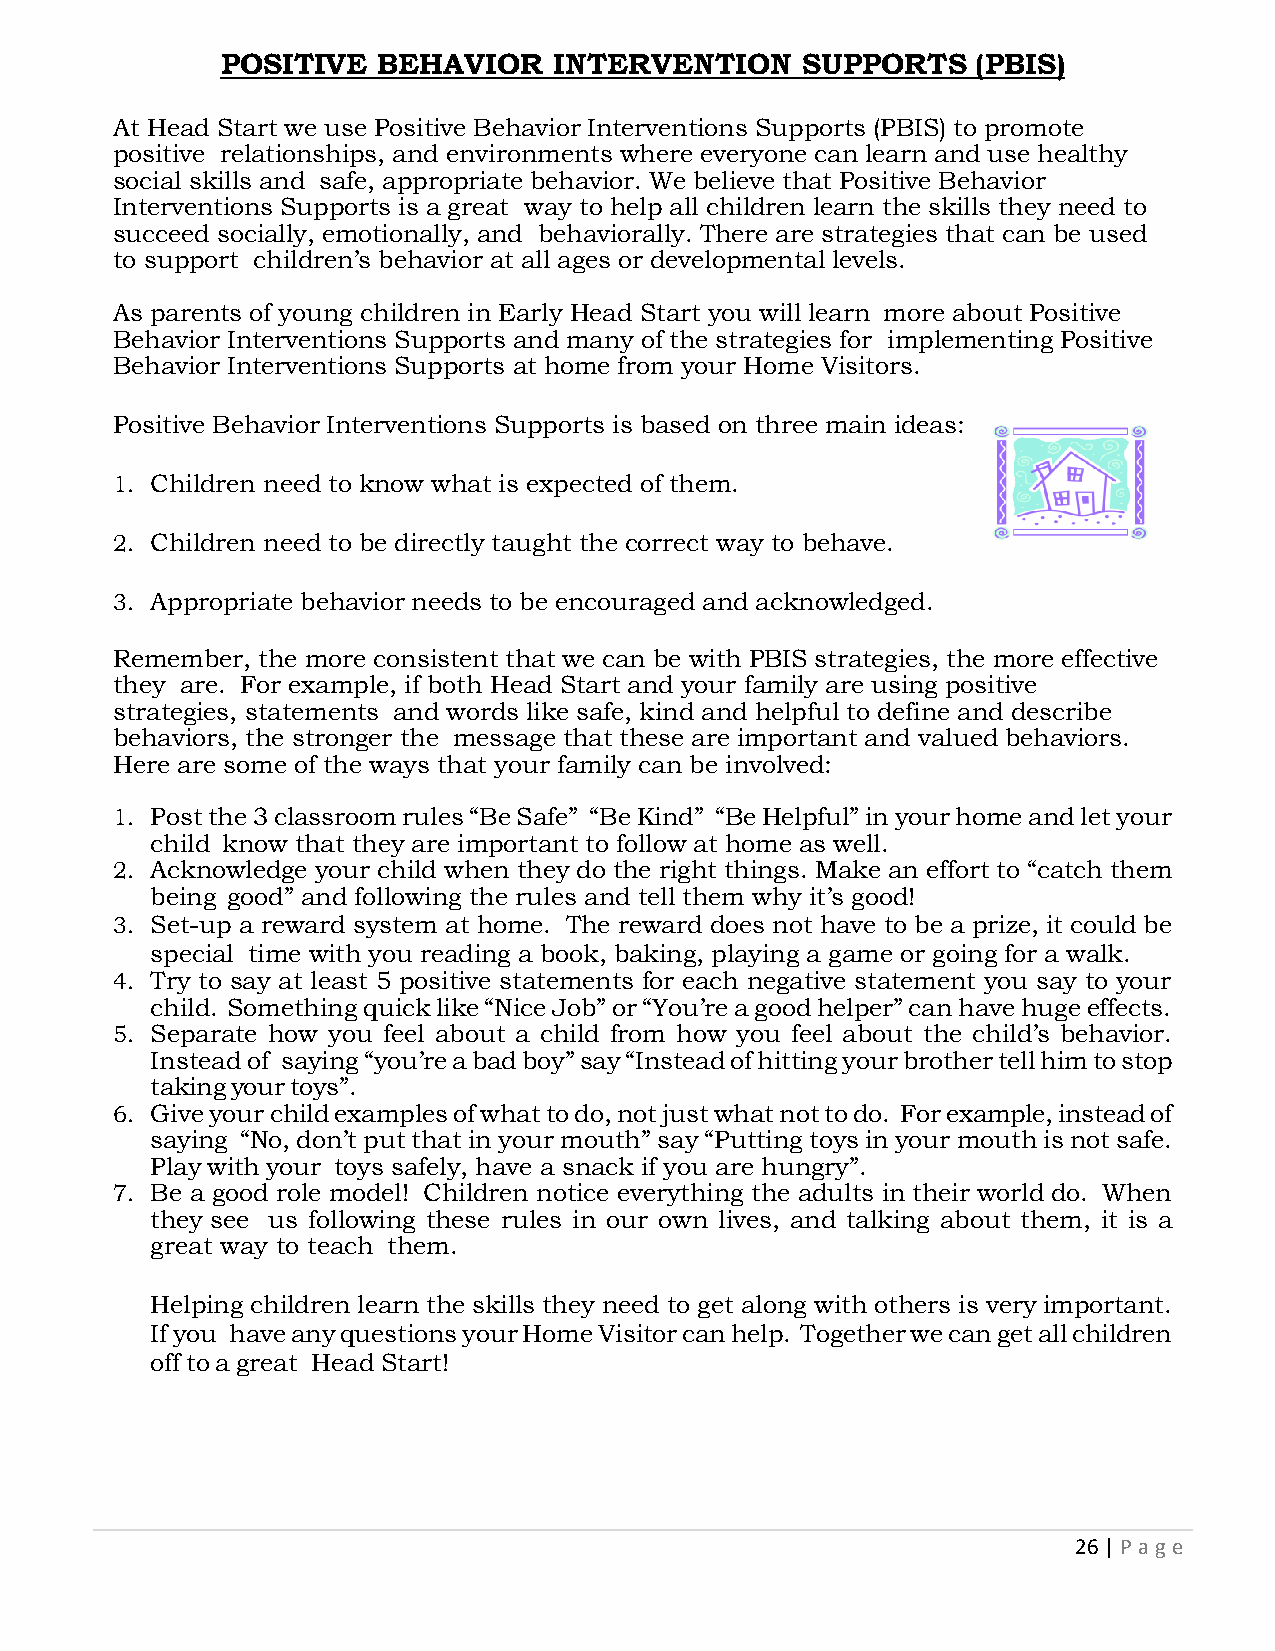
POSITIVE  BEHAVIOR    INTERVENTION    SUPPORTS    (PBIS)
 At Head Start we use Positive Behavior Interventions Supports (PBIS) to promote
 positive relationships, and environments where everyone can learn and use healthy
 social skills and safe, appropriate behavior. We believe that Positive Behavior
 Interventions Supports is a great way to help all children learn the skills they need to
 succeed socially, emotionally, and behaviorally. There are strategies that can be used
 to support children’s behavior at all ages or developmental levels.
 As parents of young children in Early Head Start you will learn more about Positive
 Behavior Interventions Supports and many of the strategies for implementing Positive
 Behavior Interventions Supports at home from your Home Visitors.
 Positive Behavior Interventions Supports is based on three main ideas:
 1. Children need to know what is expected of them.
 2. Children need to be directly taught the correct way to behave.
 3. Appropriate behavior needs to be encouraged and acknowledged.
 Remember, the more consistent that we can be with PBIS strategies, the more effective
 they are. For example, if both Head Start and your family are using positive
 strategies, statements and words like safe, kind and helpful to define and describe
 behaviors, the stronger the message that these are important and valued behaviors.
 Here are some of the ways that your family can be involved:
 1. Post the 3 classroom rules “Be Safe” “Be Kind” “Be Helpful” in your home and let your
 child know that they are important to follow at home as well.
 2. Acknowledge your child when they do the right things. Make an effort to “catch them
 being good” and following the rules and tell them why it’s good!
 3. Set-up a reward system at home. The reward does not have to be a prize, it could be
 special time with you reading a book, baking, playing a game or going for a walk.
 4. Try to say at least 5 positive statements for each negative statement you say to your
 child. Something quick like “Nice Job” or “You’re a good helper” can have huge effects.
 5. Separate how you feel about a child from how you feel about the child’s behavior.
 Instead of saying “you’re a bad boy” say “Instead of hitting your brother tell him to stop
 taking your toys”.
 6. Give your child examples of what to do, not just what not to do. For example, instead of
 saying “No, don’t put that in your mouth” say “Putting toys in your mouth is not safe.
 Play with your toys safely, have a snack if you are hungry”.
 7. Be a good role model! Children notice everything the adults in their world do. When
 they see us following these rules in our own lives, and talking about them, it is a
 great way to teach them.
 Helping children learn the skills they need to get along with others is very important.
 If you have any questions your Home Visitor can help. Together we can get all children
 off to a great Head Start!
 26 | P age